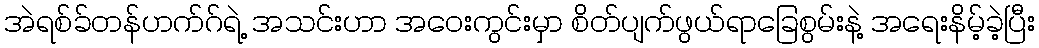
အဲရစ်ခ်တန်ဟက်ဂ်ရဲ့ အသင်းဟာ အဝေးကွင်းမှာ စိတ်ပျက်ဖွယ်ရာခြေစွမ်းနဲ့ အရေးနိမ့်ခဲ့ပြီး